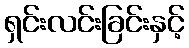
ရှင်းလင်းခြင်းနှင့်